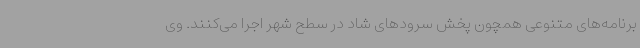
برنامه‌های متنوعی همچون پخش سرودهای شاد در سطح شهر اجرا می‌کنند. وی